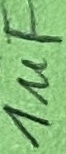
Text: 1µF